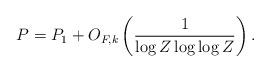
LaTeX: \begin{align*} P = P_1 + O_{F,k} \left(\frac{1}{\log Z \log \log Z} \right).\end{align*}